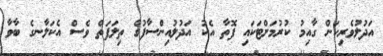
އަދުލުވެރިކަން ގާއިމު ކުރުމަށްޓަކައި ފޮތާ އެކު އަދުލުއިންސާފުގެ ތިލަފަތް ވެސް އެކަލާނގެ ބާވާ